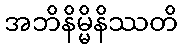
အဘိနိမ္မိနိဿတိ